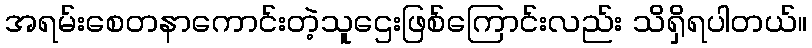
အရမ်းစေတနာကောင်းတဲ့သူဌေးဖြစ်ကြောင်းလည်း သိရှိရပါတယ်။